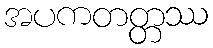
အပကတတ္တဿ